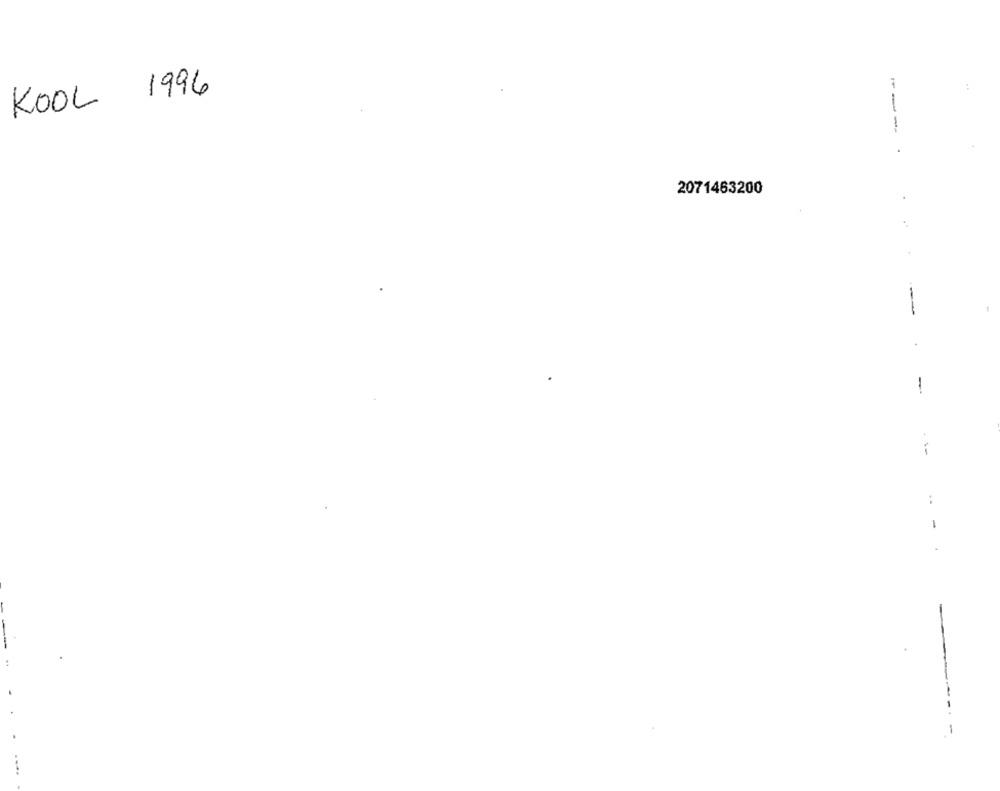
KOOL 1996
---
2071463200
--
-
:
-